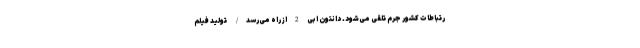
رتباطات کشور جرم تلقی می‌شود. دانتون ابی 2 از راه می‌رسد/ تولید فیلم